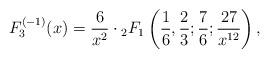
LaTeX: \begin{align*}F_3^{(-1)}(x)=\frac{6}{x^2}\cdot{ }_{2}F_1\left(\frac{1}{6},\frac{2}{3};\frac{7}{6};\frac{27}{x^{12}}\right),\end{align*}